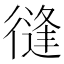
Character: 𢕝